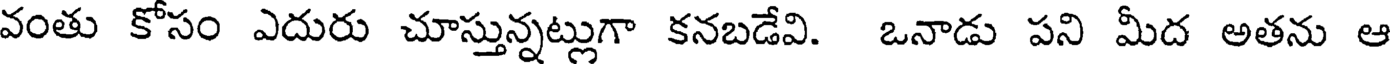
వంతు కోసం ఎదురు చూస్తున్నట్లుగా కనబడేవి. ఒనాడు పని మీద అతను ఆ